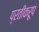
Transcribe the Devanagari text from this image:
प्रतीकरूप